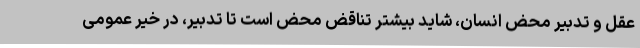
عقل و تدبیر محض انسان، شاید بیشتر تناقض محض است تا تدبیر، در خیر عمومی